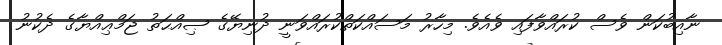
ނާއިބުކަން ވެސް ކުރައްވާފައި ވެއެވެ. މިހާރު މަސައްކަތްކުރައްވަނީ ދުނިޔޭގެ ޞިއްޙަތު ޖަމްޢިއްޔާގެ ދެކުނު